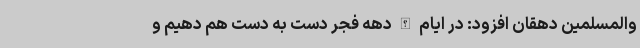
والمسلمین دهقان افزود: در ایام الله دهه فجر دست به دست هم دهیم و